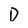
Character: D